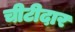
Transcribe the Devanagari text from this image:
चीटीदार